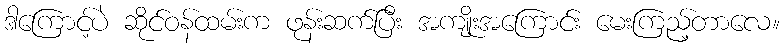
ဒါကြောင့်ပဲ ဆိုင်ဝန်ထမ်းက ဖုန်းဆက်ပြီး အကျိုးအကြောင်း မေးကြည့်တာလေ။